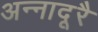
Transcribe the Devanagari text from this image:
अन्नादूरै